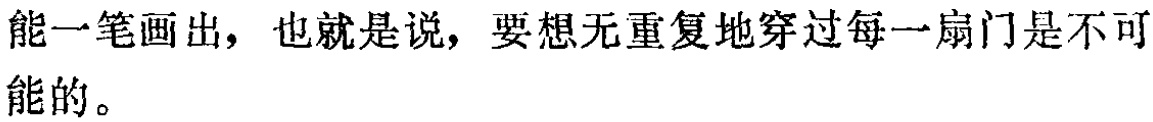
能一笔画出，也就是说，要想无重复地穿过每一扇门是不可能的。